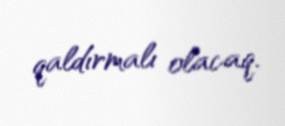
qaldırmalı olacaq.